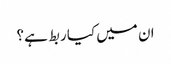
ان میں کیا ربط ہے؟